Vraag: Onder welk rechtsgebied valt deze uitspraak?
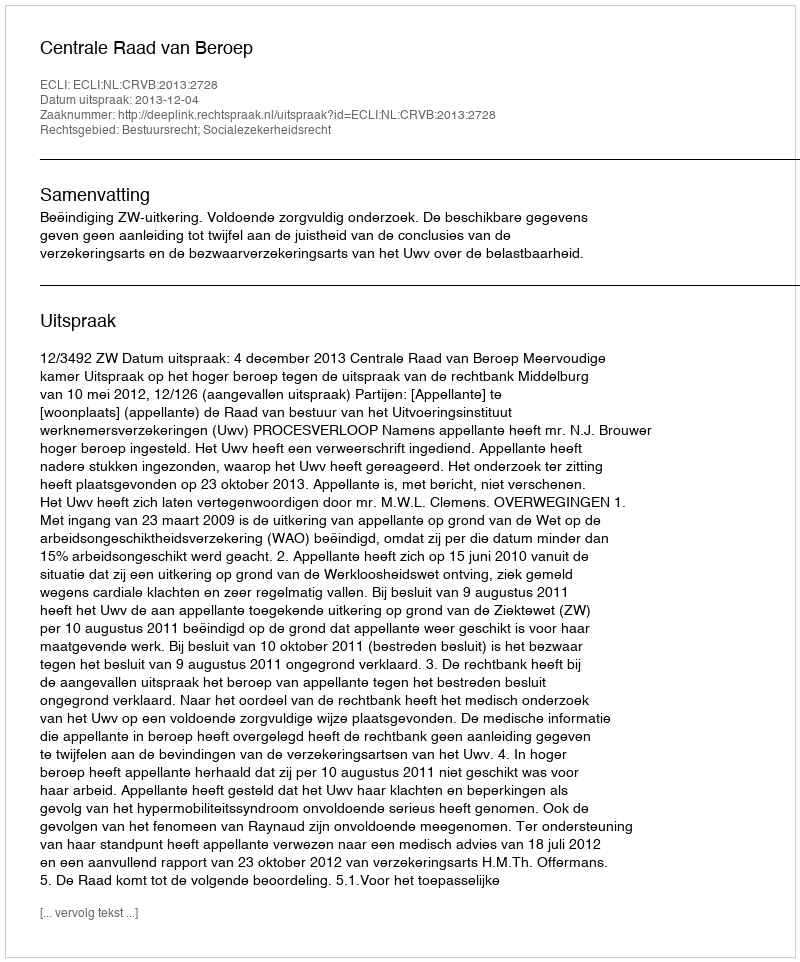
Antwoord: Bestuursrecht; Socialezekerheidsrecht